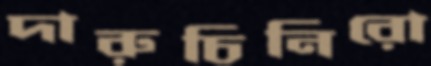
দারুচিনিরো